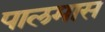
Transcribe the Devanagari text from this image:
पालमास